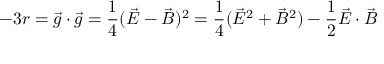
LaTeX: - 3 r = \vec { g } \cdot \vec { g } = \frac { 1 } { 4 } ( \vec { E } - \vec { B } ) ^ { 2 } = \frac { 1 } { 4 } ( \vec { E } ^ { 2 } + \vec { B } ^ { 2 } ) - \frac { 1 } { 2 } \vec { E } \cdot \vec { B }